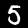
Label: 5